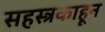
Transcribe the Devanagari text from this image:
सहस्त्रकाहून